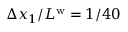
\Delta x _ { 1 } / L ^ { \mathrm { w } } = 1 / 4 0